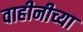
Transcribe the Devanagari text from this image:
वाहीनीच्या